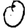
Digit: 0